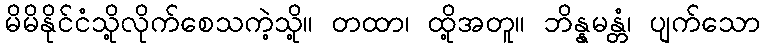
မိမိနိုင်ငံသို့လိုက်စေသကဲ့သို့။ တထာ၊ ထို့အတူ။ ဘိန္နမန္တံ၊ ပျက်သော